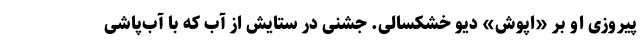
پیروزی او بر «اپوش» دیو خشکسالی. جشنی در ستایش از آب که با آب‌پاشی